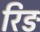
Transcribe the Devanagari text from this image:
रिङ